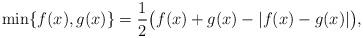
LaTeX: \begin{align*}\min\{ f(x),g(x)\}=\frac{1}{2}\big( f(x)+g(x)-\vert f(x)-g(x)\vert \big),\end{align*}